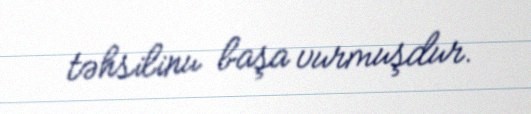
təhsilinu başa vurmuşdur.